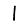
Digit: 1